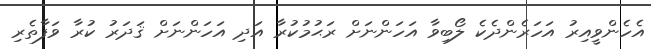
އެހެންވީއިރު އަހަރެންދެކެ ލޯބިވާ އަހަންނަށް ރަޙުމުކުރާ އަދި އަހަންނަށް ޤަދަރު ކުރާ ވަފާތެރި